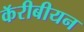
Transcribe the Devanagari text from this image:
कॅरीबीयन